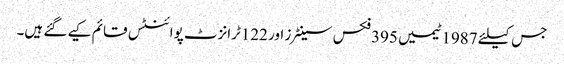
جس کیلئے 1987ٹیمیں 395فکس سینٹرز اور 122ٹرانزٹ پوائنٹس قائم کیے گئے ہیں۔